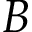
B